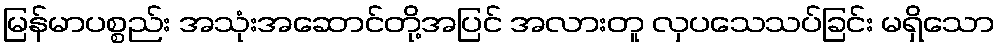
မြန်မာပစ္စည်း အသုံးအဆောင်တို့အပြင် အလားတူ လှပသေသပ်ခြင်း မရှိသော